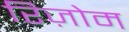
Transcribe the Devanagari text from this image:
रिज़ोम